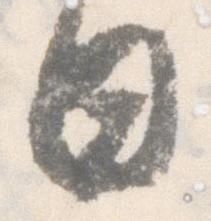
日